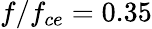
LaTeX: f/f_{ce}=0.35